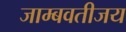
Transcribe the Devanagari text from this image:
जाम्बवतीजय